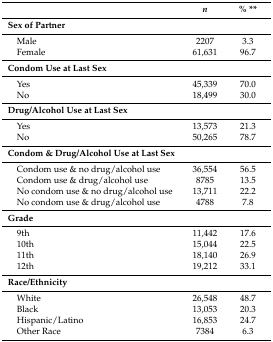
|  | n | % ** |
 | --- | --- | --- |
 | Sex of Partner |  |  |
 | Male | 2207 | 3.3 |
 | Female | 61,631 | 96.7 |
 | Condom Use at Last Sex |  |  |
 | Yes | 45,339 | 70.0 |
 | No | 18,499 | 30.0 |
 | Drug/Alcohol Use at Last Sex |  |  |
 | Yes | 13,573 | 21.3 |
 | No | 50,265 | 78.7 |
 | Condom & Drug/Alcohol Use at Last Sex |  |  |
 | Condom use & no drug/alcohol use | 36,554 | 56.5 |
 | Condom use & drug/alcohol use | 8785 | 13.5 |
 | No condom use & no drug/alcohol use | 13,711 | 22.2 |
 | No condom use & drug/alcohol use | 4788 | 7.8 |
 | Grade |  |  |
 | 9th | 11,442 | 17.6 |
 | 10th | 15,044 | 22.5 |
 | 11th | 18,140 | 26.9 |
 | 12th | 19,212 | 33.1 |
 | Race/Ethnicity |  |  |
 | White | 26,548 | 48.7 |
 | Black | 13,053 | 20.3 |
 | Hispanic/Latino | 16,853 | 24.7 |
 | Other Race | 7384 | 6.3 |